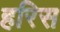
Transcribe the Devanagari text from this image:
हरिस